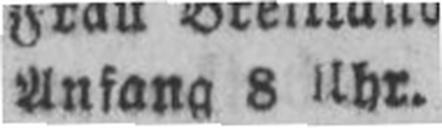
Anfang 8 Uhr.